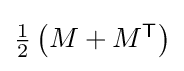
{\textstyle {\frac {1}{2}}\left(M+M^{\mathsf {T}}\right)}